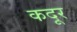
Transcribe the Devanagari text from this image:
कदूर